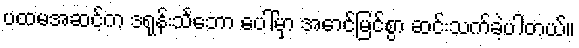
ပထမအဆင့်က ဒရုန်းသင်္ဘော ပေါ်မှာ အောင်မြင်စွာ ဆင်းသက်ခဲ့ပါတယ်။